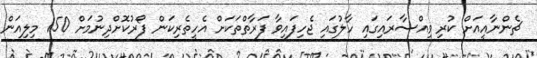
ޗެންނާއީއަށް ކުރި ވިއްސާރައިގައި ހާލުގައި ޖެހިފައިވާ ފަރާތްތަކަށް އެހީތެރިކަން ފޯރުކޮށްދިނުމަށް 150 މިލިއަން